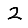
Digit: 2